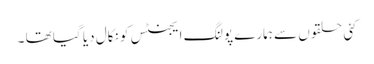
کئی حلقوں سے ہمارے پولنگ ایجنٹس کو نکال دیا گیا تھا ۔